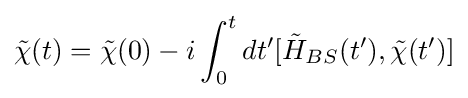
{\tilde {\chi }}(t)={\tilde {\chi }}(0)-i\int _{0}^{t}dt'[{\tilde {H}}_{BS}(t'),{\tilde {\chi }}(t')]